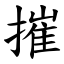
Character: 摧